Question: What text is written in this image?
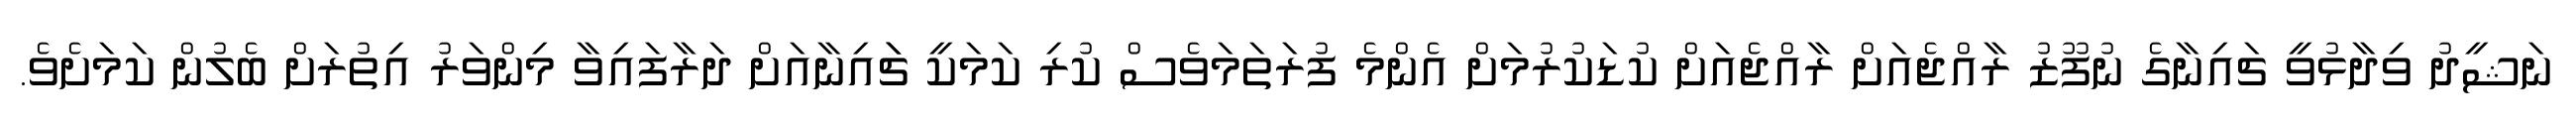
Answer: ނަޝީދު ވިދާޅުވީ ޗައިނާގެ ނުފޫޒު ރާއްޖެއަށް ރާއްޖެއަށް ކުޑަކުރުމަށް އެންމެ ފުރަތަމަވެސް ކުރި ކަމަކީ ޗަައިނާއަށް ދަރާފައިވާ މިންވަރު އިތުރަށް ބެލުން ކަމަށެވެ.